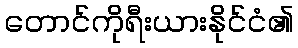
တောင်ကိုရီးယားနိုင်ငံ၏